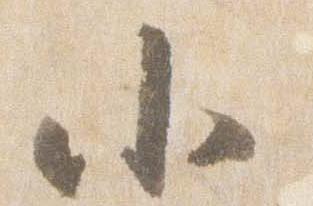
小